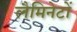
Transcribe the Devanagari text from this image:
लैमिनेटों